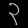
Digit: ၃